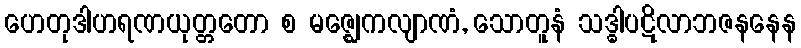
ဟေတုဒါဟရဏယုတ္တတော စ မဇ္ဈေကလျာဏံ, သောတူနံ သဒ္ဓါပဋိလာဘဇနနေန